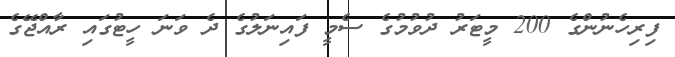
ފިރިހެނުންގެ 200 މީޓަރު ދުވުމުގެ ސެމީ ފައިނަލުގެ ދެ ވަނަ ހީޓުގައި ރާއްޖޭގެ